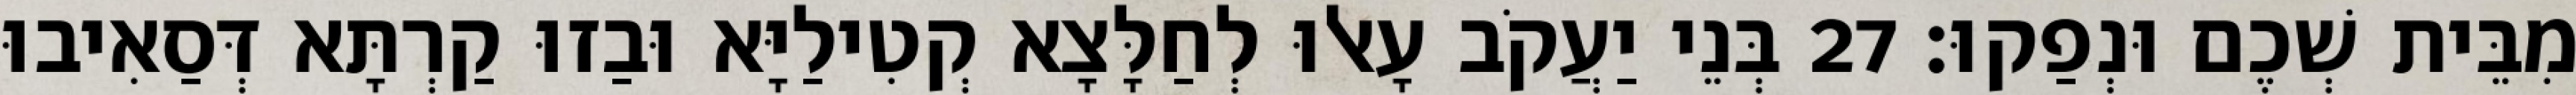
מִבֵּית שְׁכֶם וּנְפַקוּ׃ 27 בְּנֵי יַעֲקֹב עָאלוּ לְחַלָּצָא קְטִילַיָּא וּבַזוּ קַרְתָּא דְּסַאִיבוּ